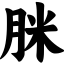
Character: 脒